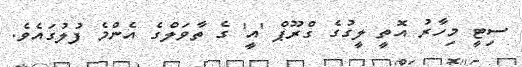
ސިޓީ މިހާރު އޮތީ ލީގުގެ ގްރޫޕް 'އީ' ގެ ތާވަލްގެ އެންމެ ފުލުގައެވެ.